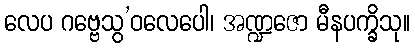
လေပ ဂဗ္ဗေသွ’ဝလေပေါ၊ အဏ္ဍဇော မီနပက္ခိသု။